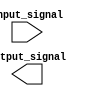
module voltage_level_shifter (
input wire input_signal,
output wire output_signal
);

// Input and output registers
reg input_reg;
reg output_reg;

// Voltage level shifting logic
always @ (posedge input_signal)
begin
   if (input_signal == 1'b1) begin
      output_reg <= 1'b1;
   end else begin
      output_reg <= 1'b0;
   end
end

// Control module
always @ (posedge input_signal)
begin
   // Add control logic here
end

endmodule